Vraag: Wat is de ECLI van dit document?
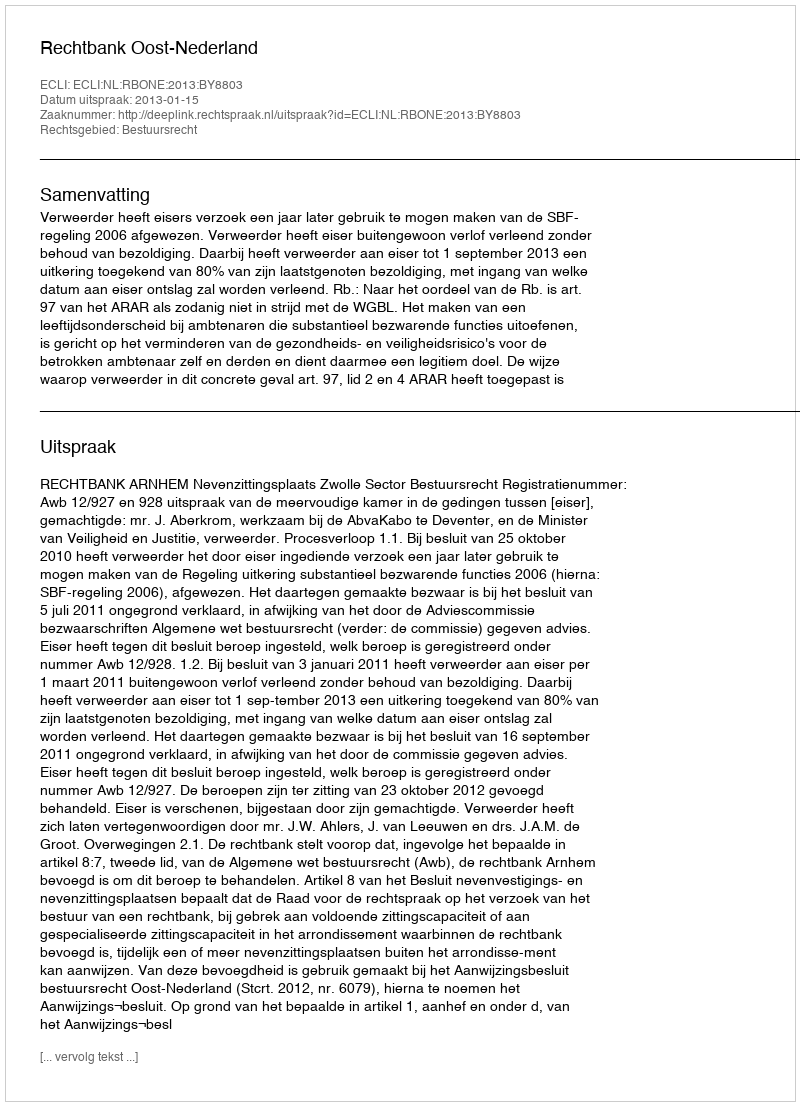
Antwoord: ECLI:NL:RBONE:2013:BY8803